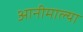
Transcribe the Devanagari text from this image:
आनीमाल्या